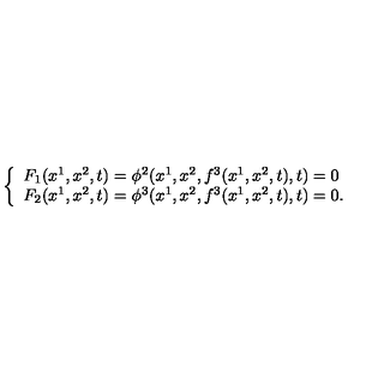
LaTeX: \left\{ \begin{array} { l } { F _ { 1 } ( x ^ { 1 } , x ^ { 2 } , t ) = \phi ^ { 2 } ( x ^ { 1 } , x ^ { 2 } , f ^ { 3 } ( x ^ { 1 } , x ^ { 2 } , t ) , t ) = 0 } \\ { F _ { 2 } ( x ^ { 1 } , x ^ { 2 } , t ) = \phi ^ { 3 } ( x ^ { 1 } , x ^ { 2 } , f ^ { 3 } ( x ^ { 1 } , x ^ { 2 } , t ) , t ) = 0 . } \\ \end{array} \right.